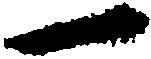
一